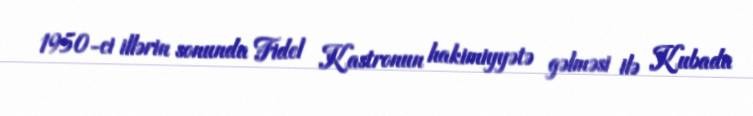
1950-ci illərin sonunda Fidel Kastronun hakimiyyətə gəlməsi ilə Kubada